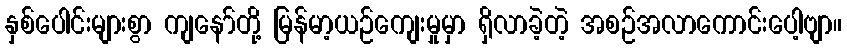
နှစ်ပေါင်းများစွာ ကျနော်တို့ မြန်မာ့ယဉ်ကျေးမှုမှာ ရှိလာခဲ့တဲ့ အစဉ်အလာကောင်းပေါ့ဗျာ။